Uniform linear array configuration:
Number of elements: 32
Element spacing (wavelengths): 0.75
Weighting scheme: exponential
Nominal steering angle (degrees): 45
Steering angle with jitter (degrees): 46.515
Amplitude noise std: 0.05
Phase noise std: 0.05

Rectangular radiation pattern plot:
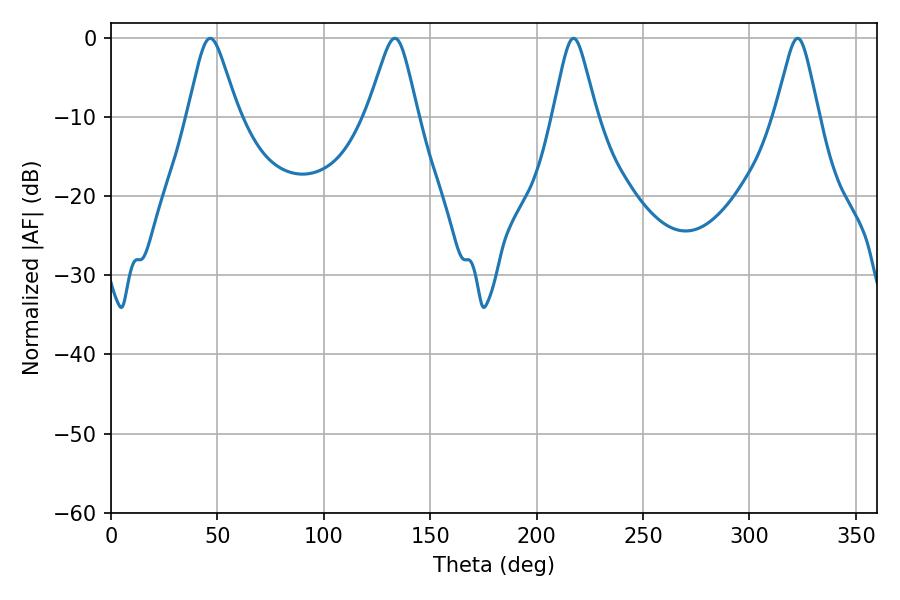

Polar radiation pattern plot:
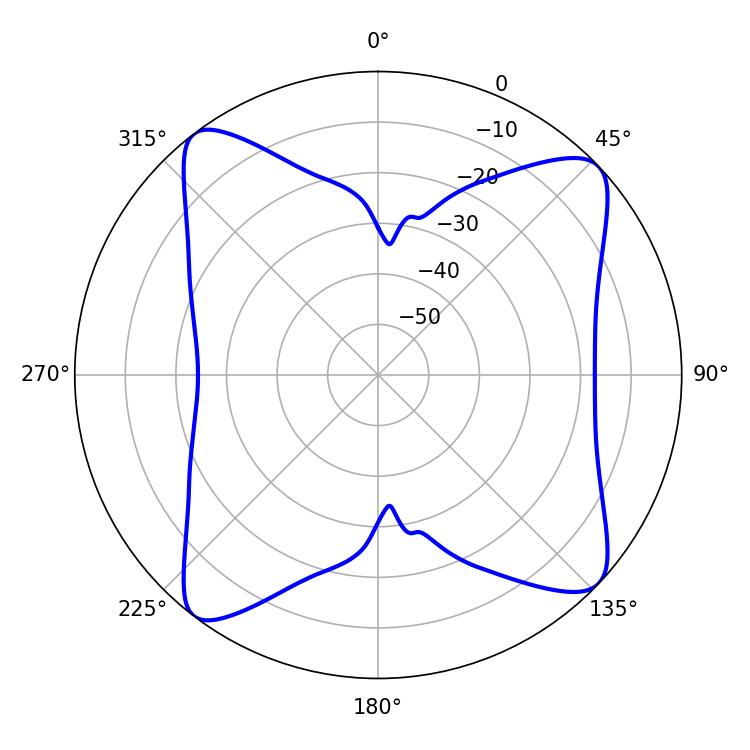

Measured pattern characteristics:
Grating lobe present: TRUE
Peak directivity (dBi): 12.561
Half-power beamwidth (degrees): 11.16
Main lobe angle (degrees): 46.62